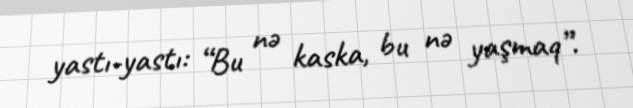
yastı-yastı: “Bu nə kaska, bu nə yaşmaq”.